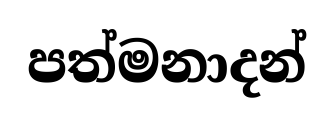
පත්මනාදන්